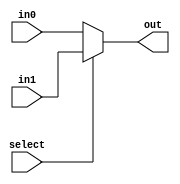
module my_mux(in0, in1, select, out);
//if select is 1 you get in1
	input in0, in1, select;
	output out;
	assign out = select ? in1 : in0;
endmodule